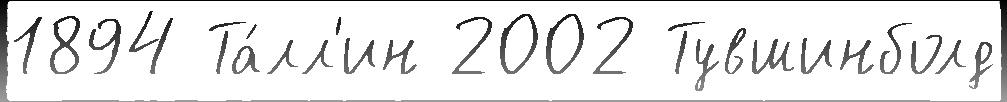
1894 Та́лл'ин 2002 Тувшинболд